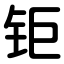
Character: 钜